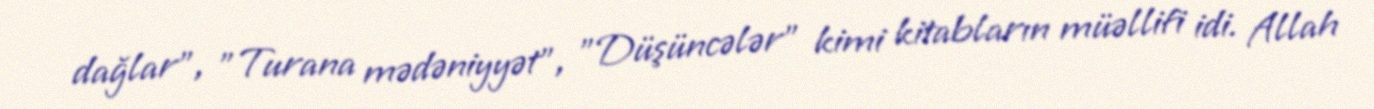
dağlar", "Turana mədəniyyət", "Düşüncələr" kimi kitabların müəllifi idi. Allah